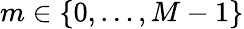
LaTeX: m\in\{ 0,\ldots,M-1\}